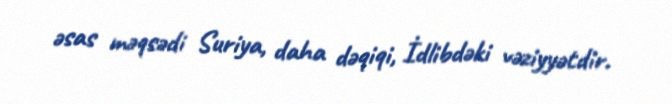
əsas məqsədi Suriya, daha dəqiqi, İdlibdəki vəziyyətdir.